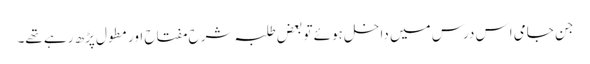
جن جامی اِس درس میں داخل ہوئے تو بعض طلبہ شرح مفتاح اور مطول پڑھ رہے تھے۔